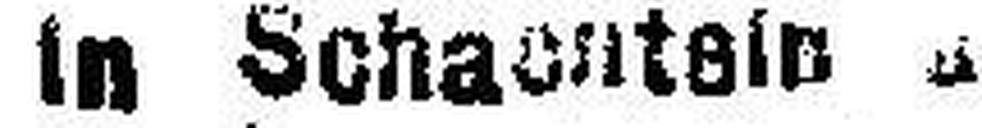
In Schachteln